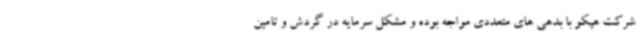
شرکت هپکو با بدهی های متعددی مواجه بوده و مشکل سرمایه در گردش و تامین